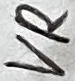
Text: VR